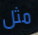
مثل